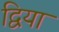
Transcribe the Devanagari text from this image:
द्विया